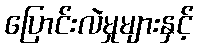
ပြောင်းလဲမှုများနှင့်